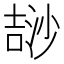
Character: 𣻅